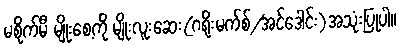
မစိုက်မီ မျိုးစေ့ကို မျိုးလူးဆေး(ဂရိုးမက်စ်/အင်ဒေါင်း)အသုံးပြုပါ။